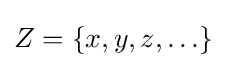
Z=\{x,y,z,\ldots \}